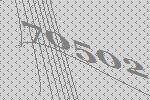
70502